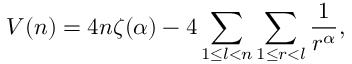
V ( n ) = 4 n \zeta ( \alpha ) - 4 \sum _ { 1 \le l < n } \sum _ { 1 \le r < l } \frac { 1 } { r ^ { \alpha } } ,